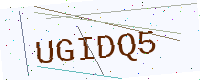
Text: UGIDQ5